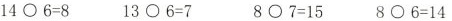
$$1 4 ○ 6 = 8$$$$1 3 ○ 6 = 7$$$$8 ○ 7 = 1 5$$$$8 ○ 6 = 1 4$$